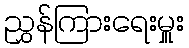
ညွှန်ကြားရေးမှူး